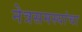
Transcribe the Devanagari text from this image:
नेत्रसमस्यांचा